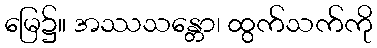
မြေ၌။ အဿသန္တော၊ ထွက်သက်ကို